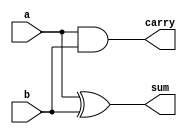
module half_adder (
    input a, 
    input b, 
    output sum, 
    output carry
);
    assign sum = a ^ b;      // Sum: XOR
    assign carry = a & b;    // Carry: AND
endmodule